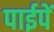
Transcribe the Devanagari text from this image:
पाईपें